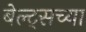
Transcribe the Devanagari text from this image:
बेल्ट्सच्या